Leningradi_Edasi_toimetus, lk 96
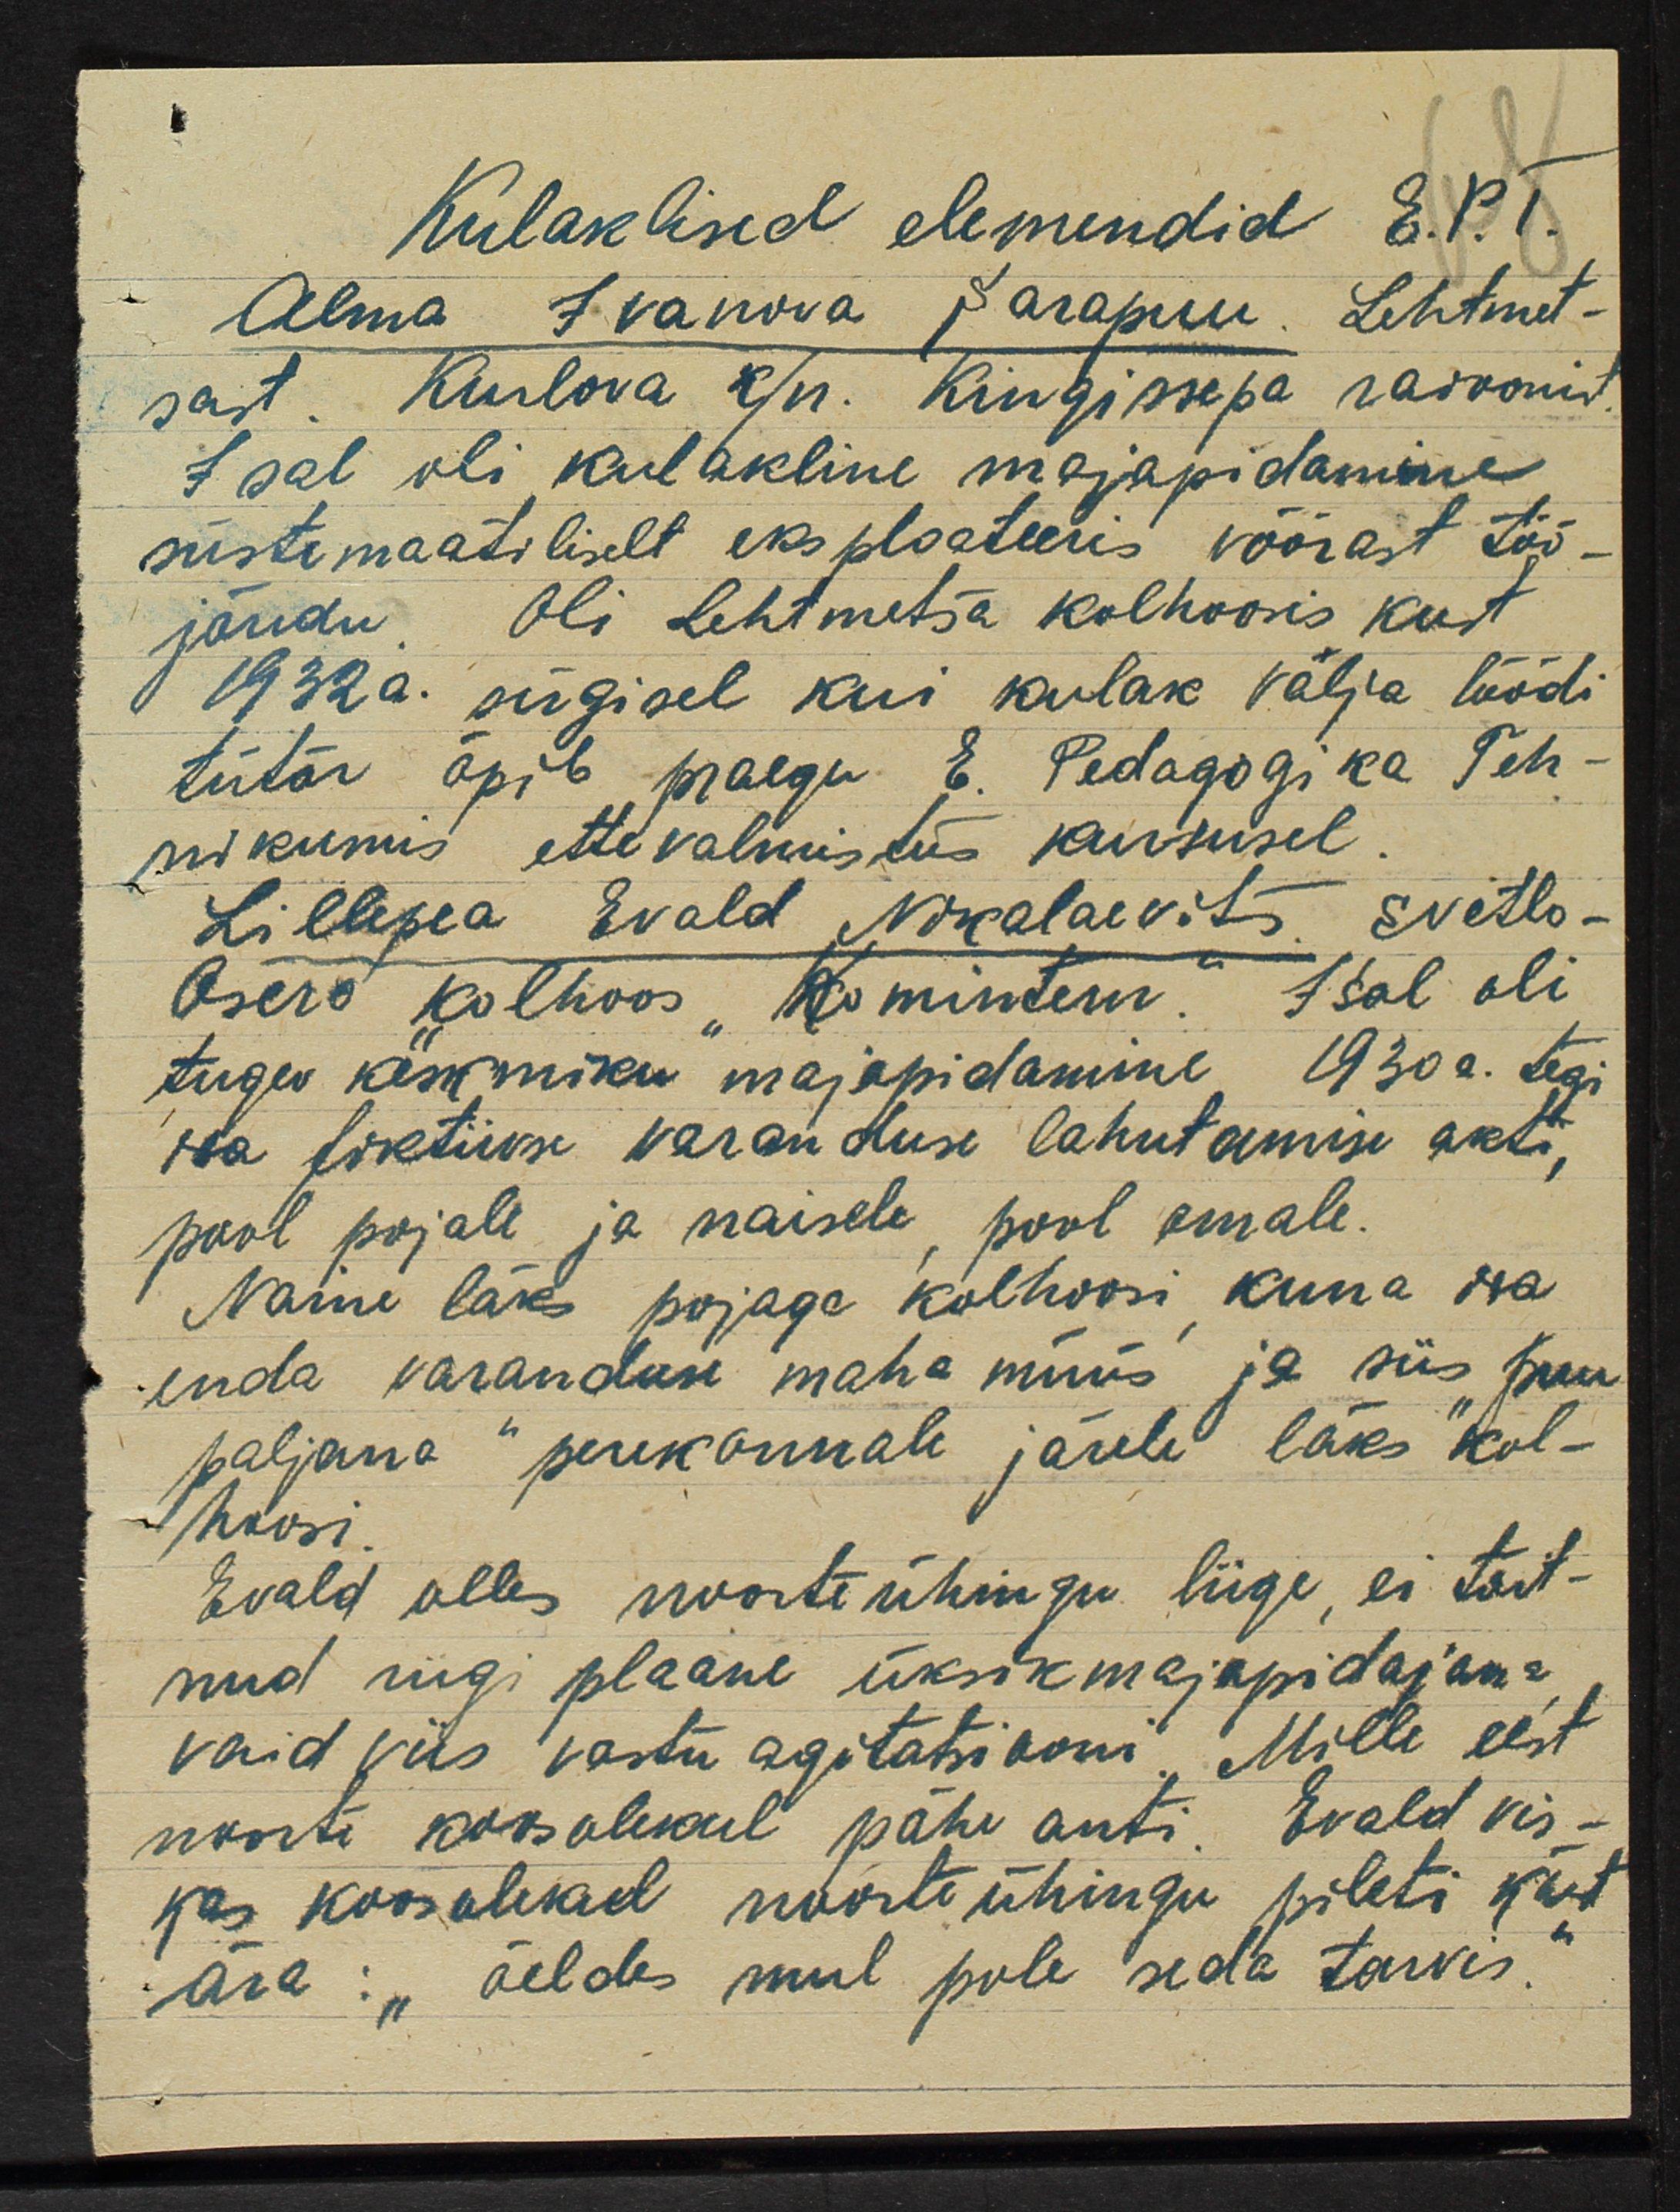
Kulaklind elementid E.P.T.
Alma Ivanova Sarapuu. Lehtmet-
sast. Kurlova k/n. Kingissepa raioonist
Isal oli kulakline majapidamine.
süstemaatiliselt eksploateeris võõrast töö-
jõudu. Oli Lehtmetsa kolhoosis kust
1932 a. sügisel kui kulak välja löödi
tütar õpib praegu E. Pedagogika Teh-
nikumis ettevalmistus kursusel.
Lillepea Evald Nokalaevits. Svetlo-
Osero kolhoos "Komintern". Isal oli
tugev keskmiku majapidamine 1930 a. tegi
isa fiktiivse varanduse lahutamise akti,
pool pojale ja naisele, pool emale.
Naine läks pojaga kolhoosi kuna isa
enda varanduse maha müüs ja siis "puu
paljana" perekonnale järele läks kol-
hoosi
Evald olles noorteühingu liige, ei toit-
nud riigi plaane üksikmajapidajana.
vaid viis vastu agitatsiooni. Mille eest
noorte koosolekul pähe anti. Evald vis-
kas koosolekul noorte ühingu pileti käest
ära: "öeldes mul pole seda tarvis."